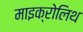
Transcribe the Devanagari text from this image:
माइक्रोलिथ